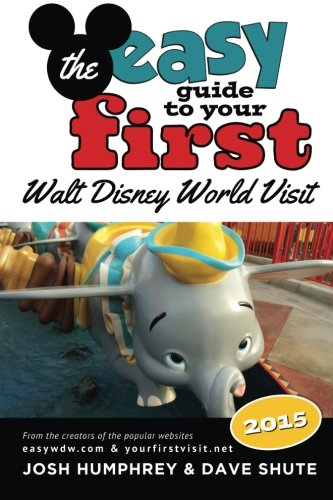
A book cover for The easy Guide to Your First Walt Disney World Visit 2015; Josh Humphrey; Travel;